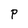
Character: P